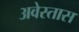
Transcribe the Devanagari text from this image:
अवेस्तास